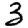
Digit: 3